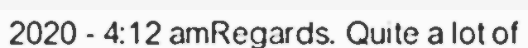
2020 - 4:12 amRegards. Quite a lot of